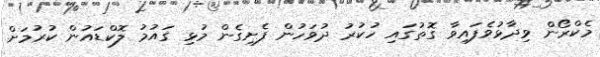
މެކްރޯން ވިދާޅުވެފައިވާ ގޮތުގައި ހުކުރު ދުވަހުން ފެށިގެން މުޅި ގައުމު ލޮކްޑައުން ކުރުމަށް